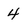
Character: 4